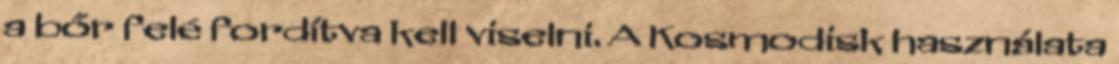
a bőr felé fordítva kell viselni. A Kosmodisk használata